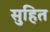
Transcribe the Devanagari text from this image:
सुहित